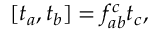
[ t _ { a } , t _ { b } ] = f _ { a b } ^ { c } t _ { c } ,